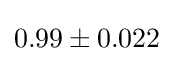
0.99\pm 0.022